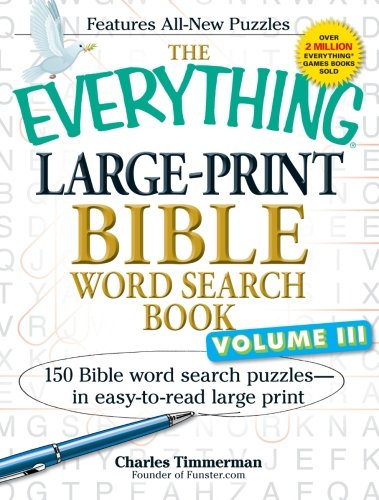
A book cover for The Everything Large-Print Bible Word Search Book, Volume III: 150 Bible Word Search Puzzles - in Easy-to-Read Large Print (Volume 3); Charles Timmerman; Humor & Entertainment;